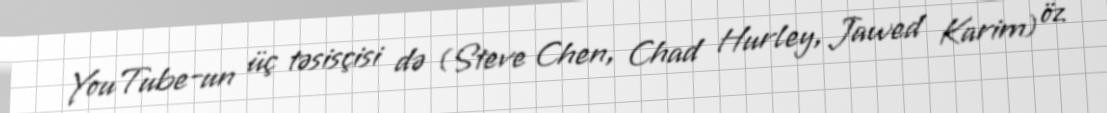
YouTube-un üç təsisçisi də (Steve Chen, Chad Hurley, Jawed Karim) öz